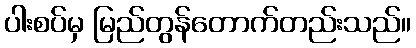
ပါးစပ်မှ မြည်တွန်တောက်တည်းသည်။